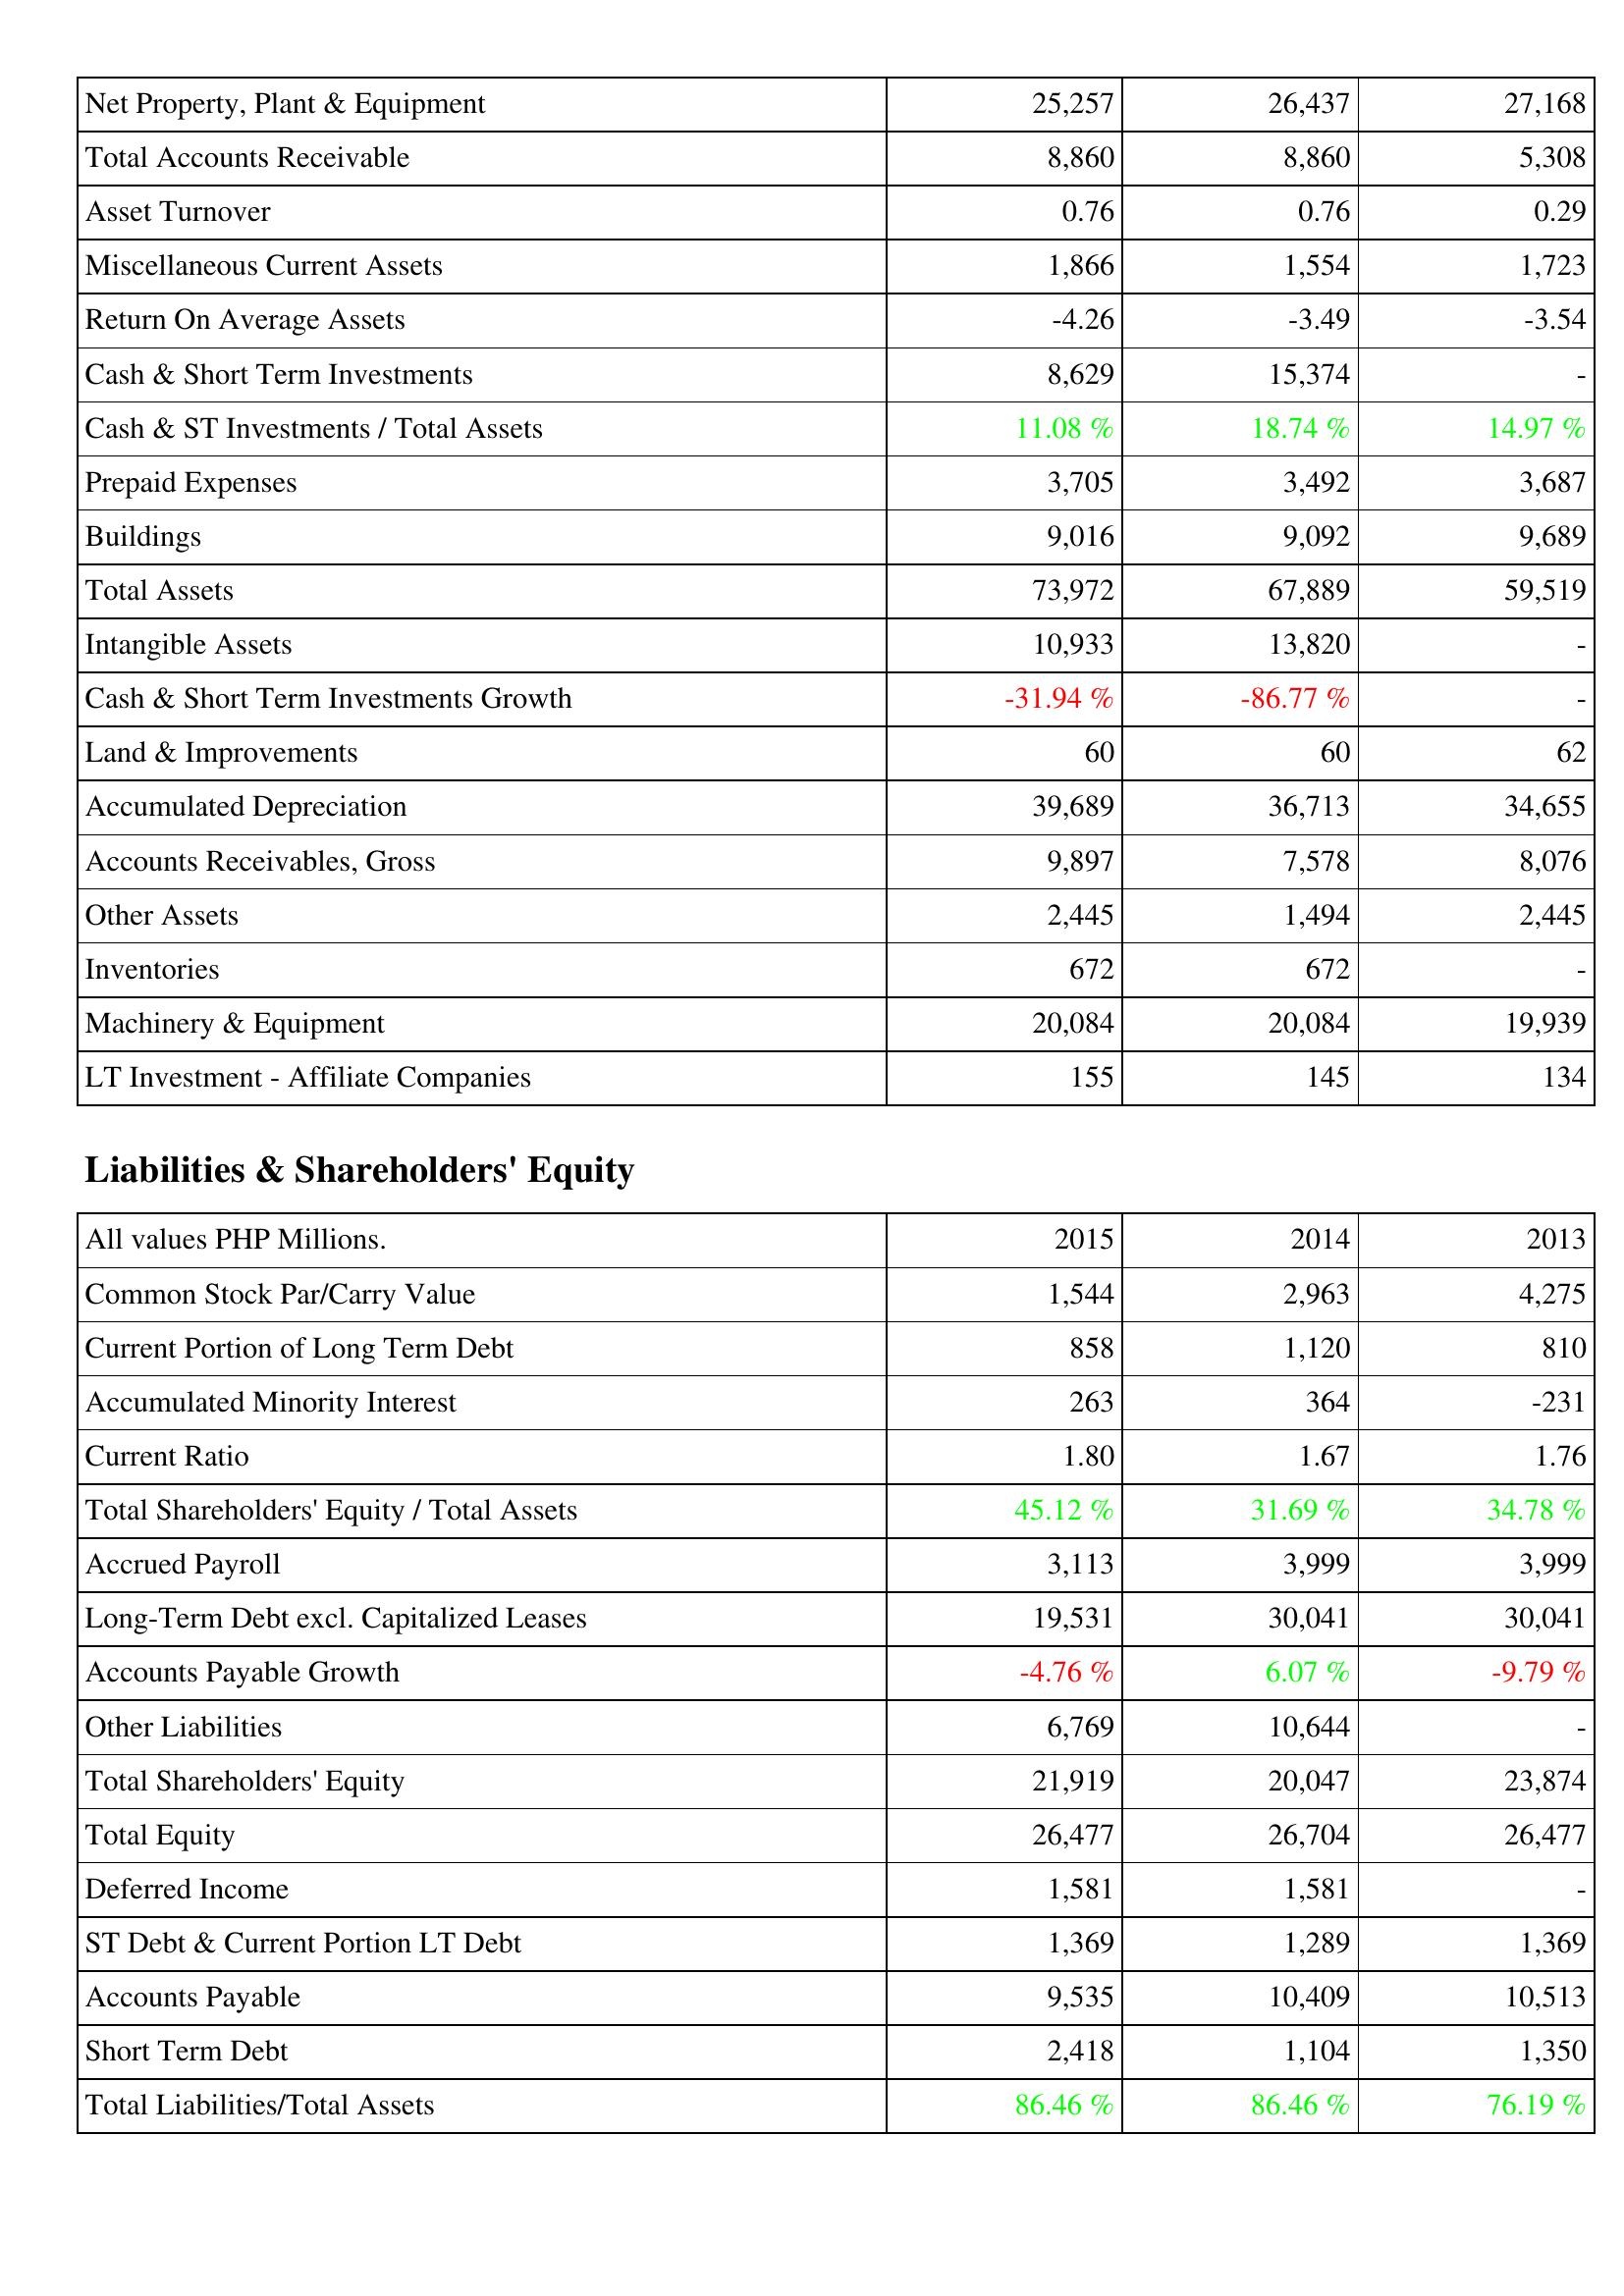
2015: Assets: Net Property, Plant & Equipment: 25,257
Total Accounts Receivable: 8,860
Asset Turnover: 0.76
Miscellaneous Current Assets: 1,866
Return On Average Assets: -4.26
Cash & Short Term Investments: 8,629
Cash & ST Investments / Total Assets: 11.08 %
Prepaid Expenses: 3,705
Buildings: 9,016
Total Assets: 73,972
Intangible Assets: 10,933
Cash & Short Term Investments Growth: -31.94 %
Land & Improvements: 60
Accumulated Depreciation: 39,689
Accounts Receivables, Gross: 9,897
Other Assets: 2,445
Inventories: 672
Machinery & Equipment: 20,084
LT Investment - Affiliate Companies: 155
Liabilities & Shareholders' Equity: Common Stock Par/Carry Value: 1,544
Current Portion of Long Term Debt: 858
Accumulated Minority Interest: 263
Current Ratio: 1.80
Total Shareholders' Equity / Total Assets: 45.12 %
Accrued Payroll: 3,113
Long-Term Debt excl. Capitalized Leases: 19,531
Accounts Payable Growth: -4.76 %
Other Liabilities: 6,769
Total Shareholders' Equity: 21,919
Total Equity: 26,477
Deferred Income: 1,581
ST Debt & Current Portion LT Debt: 1,369
Accounts Payable: 9,535
Short Term Debt: 2,418
Total Liabilities/Total Assets: 86.46 %
2014: Assets: Net Property, Plant & Equipment: 26,437
Total Accounts Receivable: 8,860
Asset Turnover: 0.76
Miscellaneous Current Assets: 1,554
Return On Average Assets: -3.49
Cash & Short Term Investments: 15,374
Cash & ST Investments / Total Assets: 18.74 %
Prepaid Expenses: 3,492
Buildings: 9,092
Total Assets: 67,889
Intangible Assets: 13,820
Cash & Short Term Investments Growth: -86.77 %
Land & Improvements: 60
Accumulated Depreciation: 36,713
Accounts Receivables, Gross: 7,578
Other Assets: 1,494
Inventories: 672
Machinery & Equipment: 20,084
LT Investment - Affiliate Companies: 145
Liabilities & Shareholders' Equity: Common Stock Par/Carry Value: 2,963
Current Portion of Long Term Debt: 1,120
Accumulated Minority Interest: 364
Current Ratio: 1.67
Total Shareholders' Equity / Total Assets: 31.69 %
Accrued Payroll: 3,999
Long-Term Debt excl. Capitalized Leases: 30,041
Accounts Payable Growth: 6.07 %
Other Liabilities: 10,644
Total Shareholders' Equity: 20,047
Total Equity: 26,704
Deferred Income: 1,581
ST Debt & Current Portion LT Debt: 1,289
Accounts Payable: 10,409
Short Term Debt: 1,104
Total Liabilities/Total Assets: 86.46 %
2013: Assets: Net Property, Plant & Equipment: 27,168
Total Accounts Receivable: 5,308
Asset Turnover: 0.29
Miscellaneous Current Assets: 1,723
Return On Average Assets: -3.54
Cash & Short Term Investments: -
Cash & ST Investments / Total Assets: 14.97 %
Prepaid Expenses: 3,687
Buildings: 9,689
Total Assets: 59,519
Intangible Assets: -
Cash & Short Term Investments Growth: -
Land & Improvements: 62
Accumulated Depreciation: 34,655
Accounts Receivables, Gross: 8,076
Other Assets: 2,445
Inventories: -
Machinery & Equipment: 19,939
LT Investment - Affiliate Companies: 134
Liabilities & Shareholders' Equity: Common Stock Par/Carry Value: 4,275
Current Portion of Long Term Debt: 810
Accumulated Minority Interest: -231
Current Ratio: 1.76
Total Shareholders' Equity / Total Assets: 34.78 %
Accrued Payroll: 3,999
Long-Term Debt excl. Capitalized Leases: 30,041
Accounts Payable Growth: -9.79 %
Other Liabilities: -
Total Shareholders' Equity: 23,874
Total Equity: 26,477
Deferred Income: -
ST Debt & Current Portion LT Debt: 1,369
Accounts Payable: 10,513
Short Term Debt: 1,350
Total Liabilities/Total Assets: 76.19 %